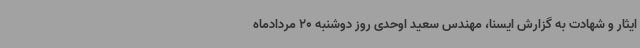
ایثار و شهادت به گزارش ایسنا، مهندس سعید اوحدی روز دوشنبه 20 مردادماه